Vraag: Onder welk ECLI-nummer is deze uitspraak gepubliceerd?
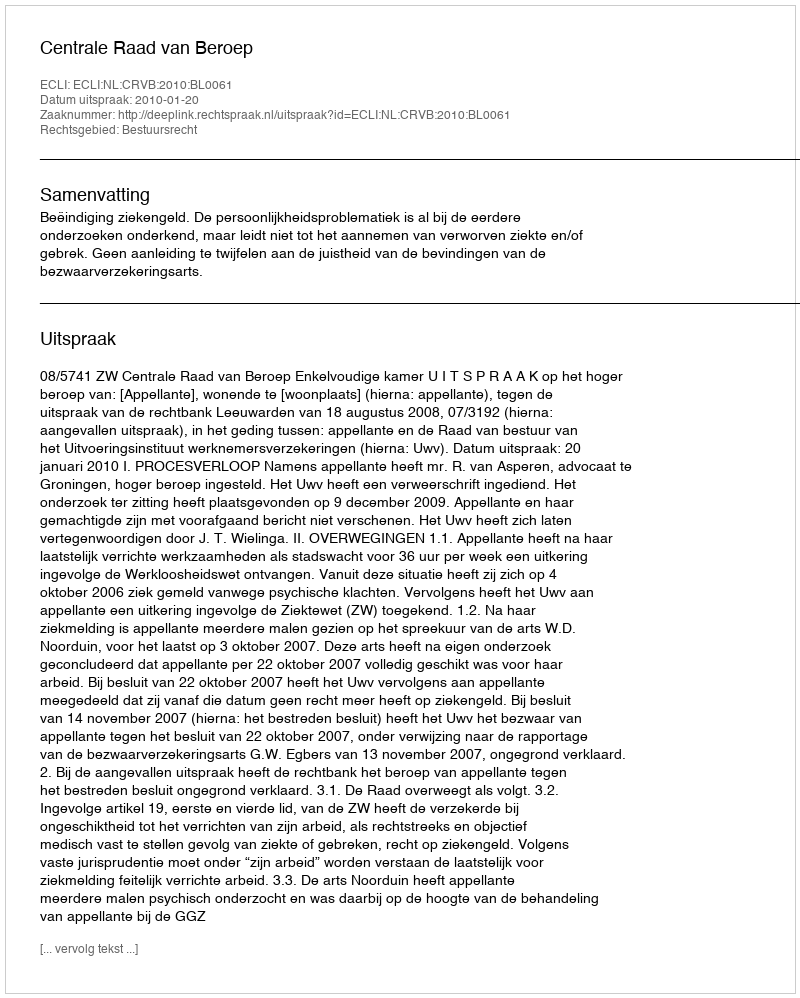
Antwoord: ECLI:NL:CRVB:2010:BL0061